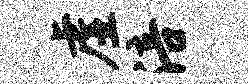
虚涪